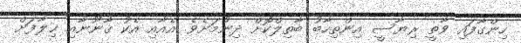
ހިންގާފައި ވާތީ ރިޔާސީ އިންތިހާބު ބާތިލްކޮށް ދިނުމަށެވެ. އެއާއި އެކު ޤާނޫނާއި ޚިލާފަށް